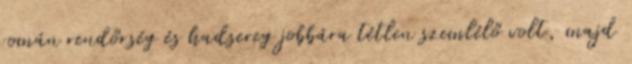
román rendőrség és hadsereg jobbára tétlen szemlélő volt, majd